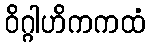
ဝိဂ္ဂါဟိကကထံ